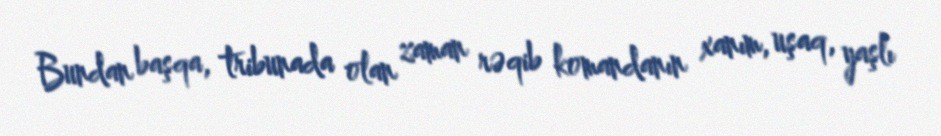
Bundan başqa, tribunada olan zaman rəqib komandanın xanım, uşaq, yaşlı